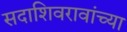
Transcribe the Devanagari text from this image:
सदाशिवरावांच्या